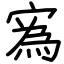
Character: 寪